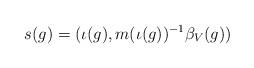
LaTeX: \begin{align*} s(g) = (\iota(g), m(\iota(g))^{-1}\beta_V(g))\end{align*}